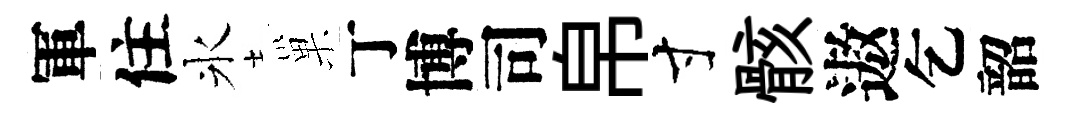
軍住氷巢丁博司帛寸骸遨乞韶